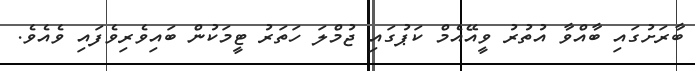
ބާރަށުގައި ބާއްވާ އުތުރު ވީއޭއެމް ކަޕުގައި ޖުމްލަ ހަތަރު ޓީމަކުން ބައިވެރިވެފައި ވެއެވެ.